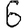
Digit: 6